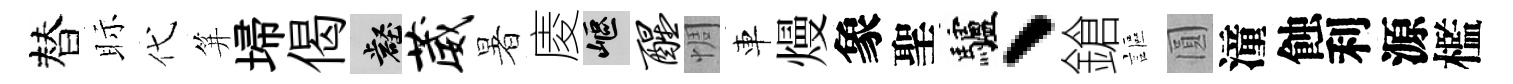
替眎代笄埽偈壑葳暑庱嶇醒惆車熳象聖驢、鎗謳圓潼蝕利源檻